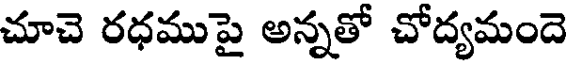
చూచె రధముపై అన్నతో చోద్యమందె